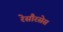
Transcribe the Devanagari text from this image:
रेसौरसेस